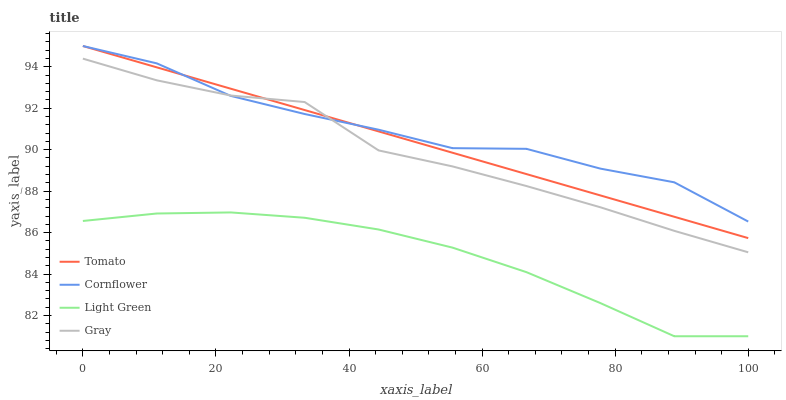
| xaxis_label | Tomato | Cornflower | Light Green | Gray |
 | --- | --- | --- | --- | --- |
 | 0 | 95 | 95 | 86.6 | 94.4 |
 | 11.1 | 94 | 94.2 | 86.9 | 93.3 |
 | 22.2 | 92.9 | 92.6 | 87 | 92.6 |
 | 33.3 | 91.9 | 91.7 | 86.7 | 92.3 |
 | 44.4 | 90.9 | 91 | 86.1 | 90 |
 | 55.6 | 89.9 | 90.1 | 85.3 | 89.2 |
 | 66.7 | 88.8 | 90 | 84.1 | 88.2 |
 | 77.8 | 87.8 | 89.1 | 82.6 | 87.2 |
 | 88.9 | 86.8 | 88.4 | 81 | 86.1 |
 | 100 | 85.7 | 86.5 | 81 | 85 |